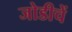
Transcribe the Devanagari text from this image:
जोडीचें